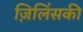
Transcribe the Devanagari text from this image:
ज़िलिंसकी